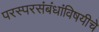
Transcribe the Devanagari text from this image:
परस्परसंबंधांविषयीचे